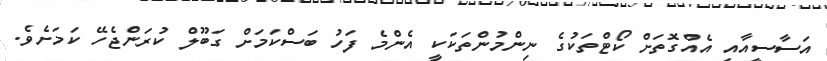
އަސާސީއާއި އެއްގޮތަށް ކޯޓްތަކުގެ ނިންމުންތަކަކީ އެންމެ ފަހު ބަސްކަމަށް ގަބޫލް ކުރަންޖެހޭ ކަމަށެވެ.